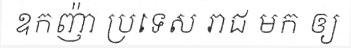
ឧកញ៉ា ប្រទេស រាជ មក ឲ្យ